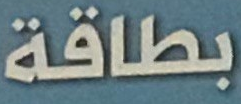
بطاقة